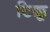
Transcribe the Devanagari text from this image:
टिक्कू